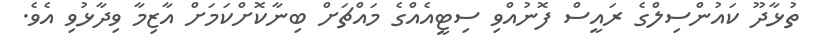
ތުޅާދޫ ކައުންސިލްގެ ރައީސް ފޮނުއްވި ސިޓީއެއްގެ މައްޗަށް ބިނާކޮށްކަމަށް އާޒިމާ ވިދާޅުވި އެވެ.